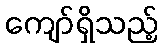
ကျော်ရှိသည့်